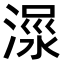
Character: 𣹺